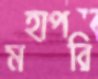
মহাপরি